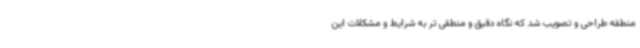
منطقه طراحی و تصویب شد که نگاه دقیق و منطقی تر به شرایط و مشکلات این